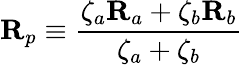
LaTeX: \mathbf{R}_{p}\equiv\frac{\zeta_{a}\mathbf{R}_{a}+\zeta_{b}\mathbf{R}_{b}}{\zeta_{a}+\zeta_{b}}